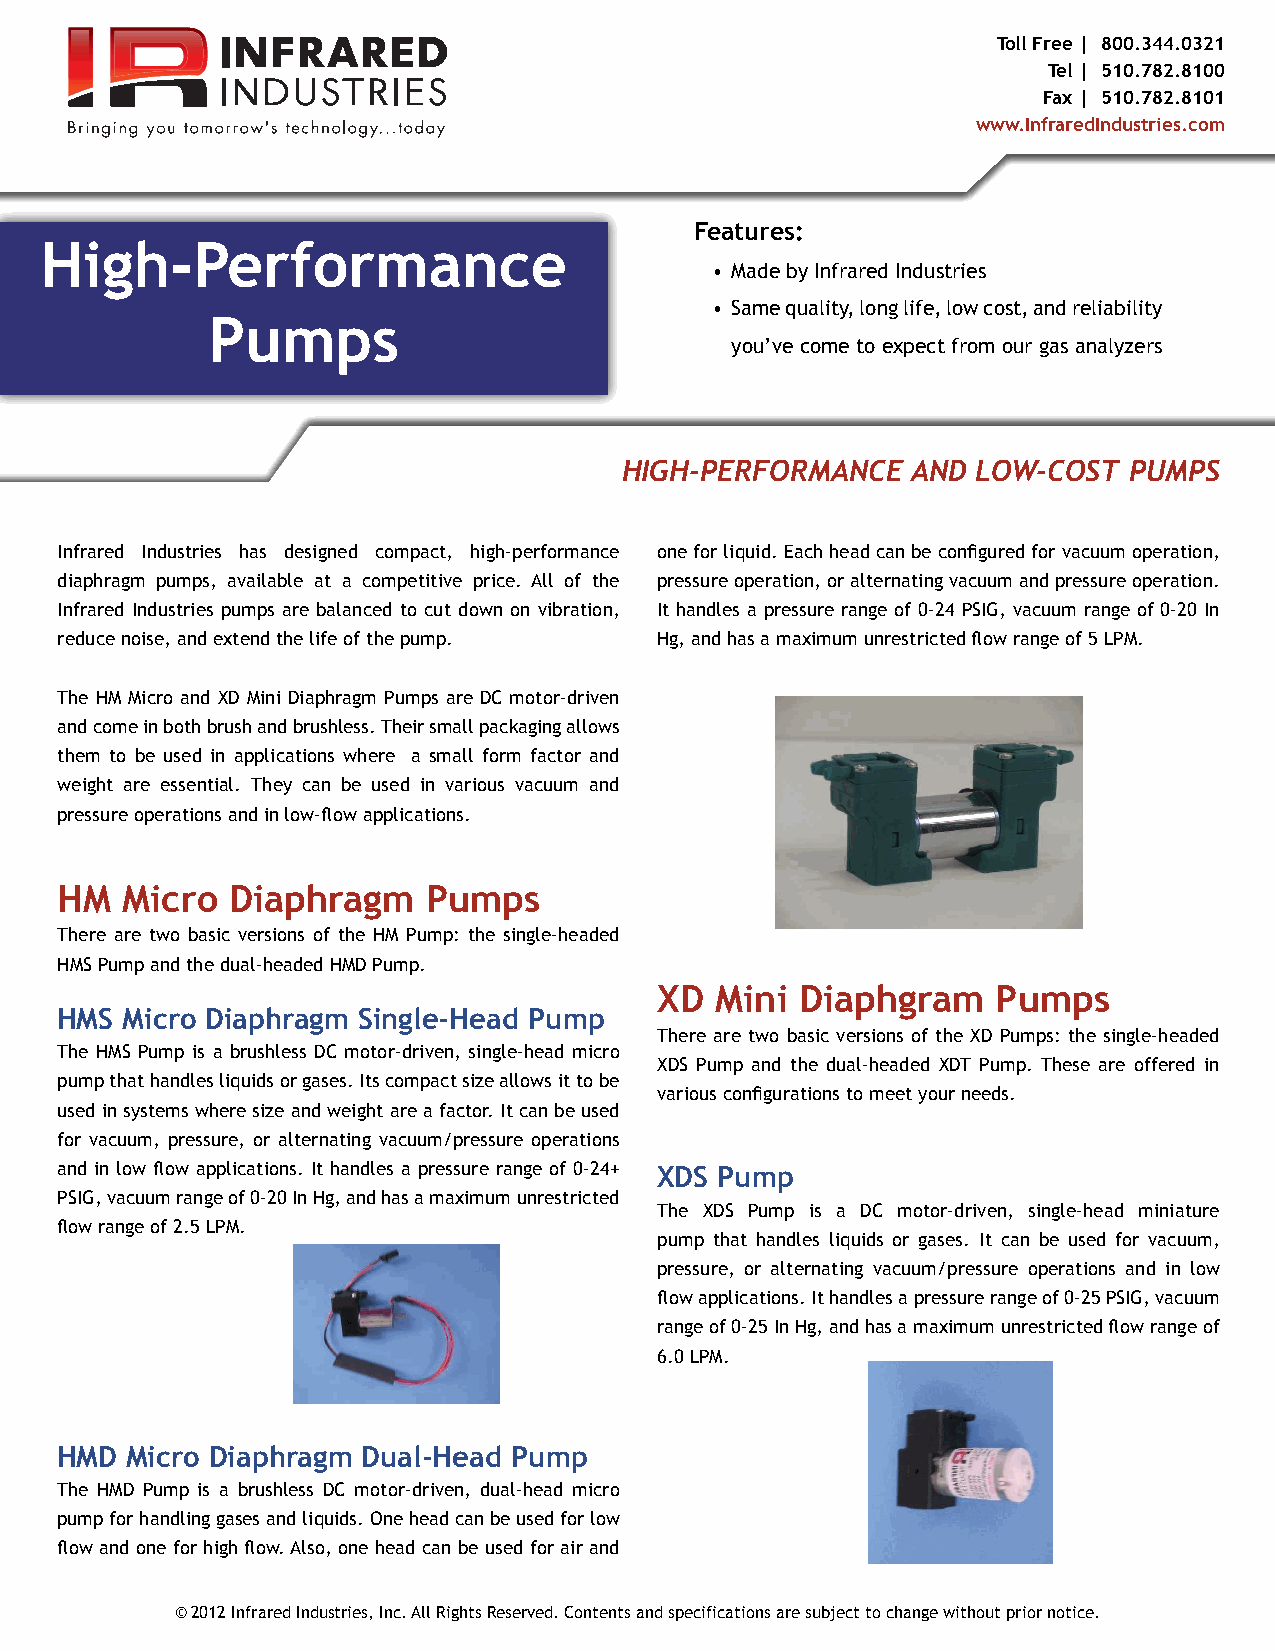
Toll Free | 800.344.0321
 Tel | 510.782.8100
 Fax | 510.782.8101
 www.InfraredIndustries.com
 Features:
 High-Performance
 • Made by Infrared Industries
 • Same quality, long life, low cost, and reliability
 Pumps
 you’ve come to expect from our gas analyzers
 HIGH-PERFORMANCE   AND  LOW-COST  PUMPS
 Infrared Industries has designed compact, high-performance one for liquid. Each head can be confi gured for vacuum operation,
 diaphragm pumps, available at a competitive price. All of the pressure operation, or alternating vacuum and pressure operation.
 Infrared Industries pumps are balanced to cut down on vibration, It handles a pressure range of 0-24 PSIG, vacuum range of 0-20 In
 reduce noise, and extend the life of the pump. Hg, and has a maximum unrestricted fl ow range of 5 LPM.
 The HM Micro and XD Mini Diaphragm Pumps are DC motor-driven
 and come in both brush and brushless. Their small packaging allows
 them to be used in applications where a small form factor and
 weight are essential. They can be used in various vacuum and
 pressure operations and in low-fl ow applications.
 HM  Micro  Diaphragm    Pumps
 There are two basic versions of the HM Pump: the single-headed
 HMS Pump and the dual-headed HMD Pump.
 XD Mini  Diaphgram    Pumps
 HMS Micro Diaphragm Single-Head Pump
 There are two basic versions of the XD Pumps: the single-headed
 The HMS Pump is a brushless DC motor-driven, single-head micro
 XDS Pump and the dual-headed XDT Pump. These are offered in
 pump that handles liquids or gases. Its compact size allows it to be
 various confi gurations to meet your needs.
 used in systems where size and weight are a factor. It can be used
 for vacuum, pressure, or alternating vacuum/pressure operations
 and in low fl ow applications. It handles a pressure range of 0-24+ XDS Pump
 PSIG, vacuum range of 0-20 In Hg, and has a maximum unrestricted
 The XDS Pump is a DC motor-driven, single-head miniature
 fl ow range of 2.5 LPM.
 pump that handles liquids or gases. It can be used for vacuum,
 pressure, or alternating vacuum/pressure operations and in low
 fl ow applications. It handles a pressure range of 0-25 PSIG, vacuum
 range of 0-25 In Hg, and has a maximum unrestricted fl ow range of
 6.0 LPM.
 HMD Micro Diaphragm Dual-Head Pump
 The HMD Pump is a brushless DC motor-driven, dual-head micro
 pump for handling gases and liquids. One head can be used for low
 fl ow and one for high fl ow. Also, one head can be used for air and
 © 2012 Infrared Industries, Inc. All Rights Reserved. Contents and specifications are subject to change without prior notice.